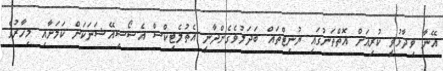
އޭނާ ވިދާޅުވީ ކުރިއަށް އޮތްތަނުގައި ޔުނިޓްތައް ބަދަލުވެގެންދާނީ އެތުލެޓިކްސް އެސޯސިއޭޝަނަކަށް ކަމަށާއި މިހާރުގެ